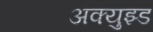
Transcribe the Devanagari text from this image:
अक्युझ्ड